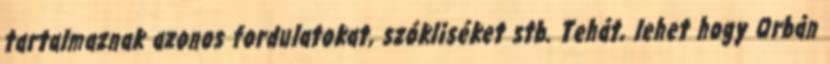
tartalmaznak azonos fordulatokat, szókliséket stb. Tehát, lehet hogy Orbán